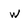
Character: w